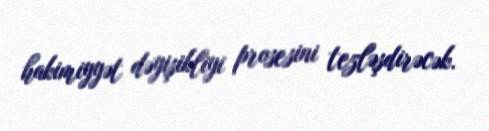
hakimiyyət dəyişikliyi prosesini tezləşdirəcək.